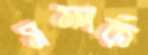
সম্পর্ক